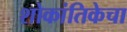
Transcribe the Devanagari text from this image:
शोकांतिकेचा